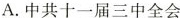
A.中共十一届三中全会